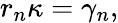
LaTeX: r_{n}\kappa=\gamma_{n},